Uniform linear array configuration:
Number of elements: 32
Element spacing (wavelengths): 1
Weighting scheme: exponential
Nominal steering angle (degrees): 45
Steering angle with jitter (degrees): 45.596
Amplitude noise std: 0.05
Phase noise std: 0.05

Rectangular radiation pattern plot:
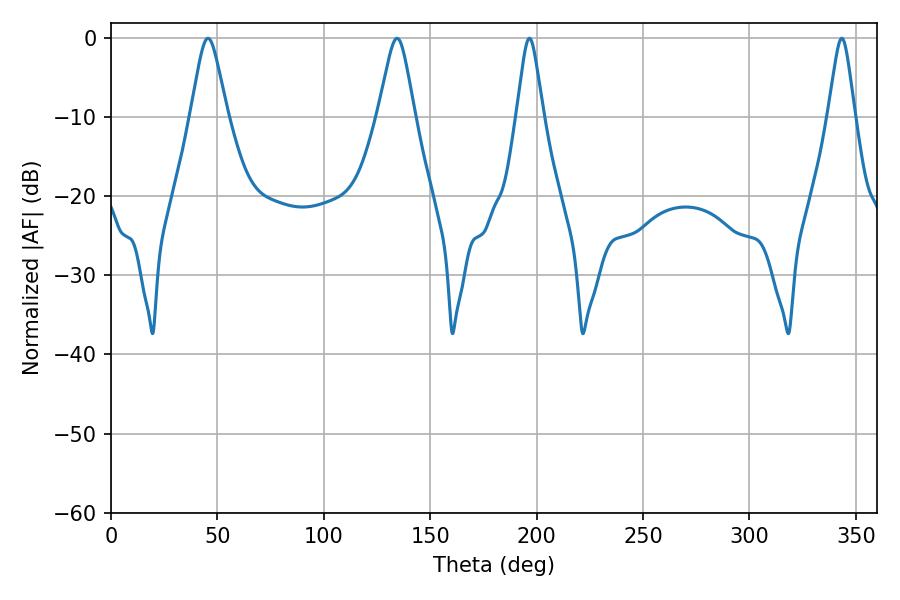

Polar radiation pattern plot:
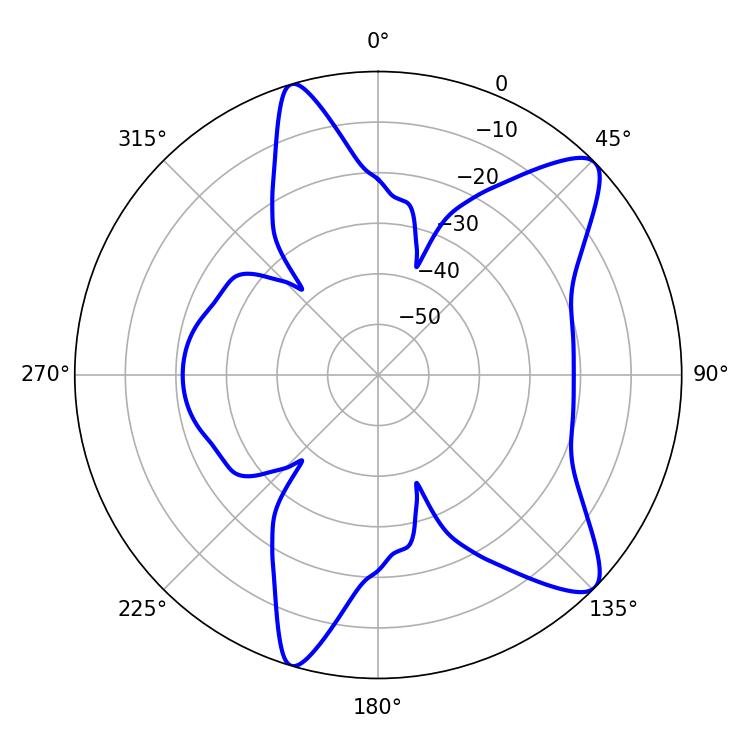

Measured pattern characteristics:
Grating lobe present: TRUE
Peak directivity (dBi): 10.451
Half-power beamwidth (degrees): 8.28
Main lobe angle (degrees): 45.54